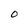
Character: 0